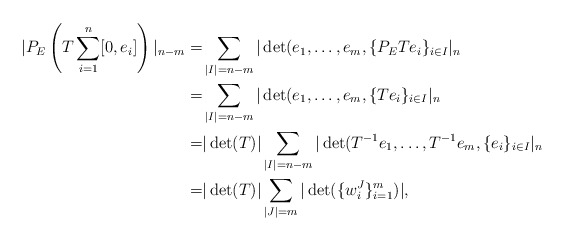
\begin{align*} |P_{E} \left(T \sum_{i=1}^n [0, e_i]\right)|_{n-m} = & \sum_{|I|=n-m} |\det(e_1, \dots, e_m, \{P_E T e_i\}_{i \in I}|_{n} \\=&\sum_{|I|=n-m} |\det(e_1, \dots, e_m, \{Te_i\}_{i \in I}|_{n}\\=& |\det(T)| \sum_{|I|=n-m} |\det(T^{-1}e_1, \dots, T^{-1} e_m, \{ e_i\}_{i \in I}|_{n} \\=& |\det(T)| \sum_{|J|=m}|\det(\{w_i^J\}_{i=1}^m)|,\end{align*}